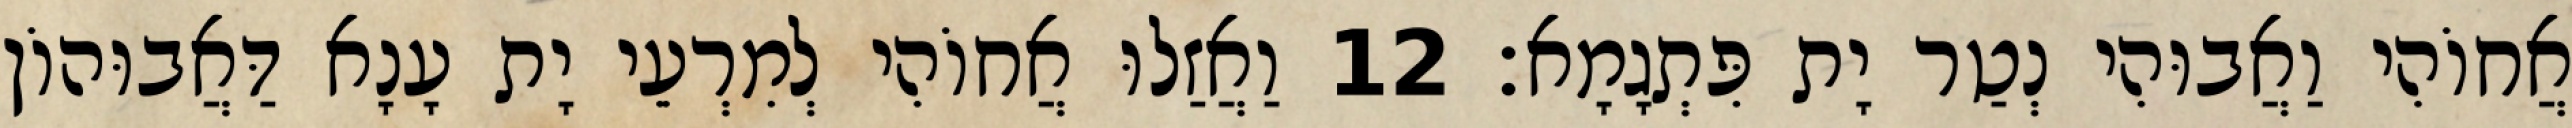
אֲחוֹהִי וַאֲבוּהִי נְטַר יָת פִּתְגָמָא׃ 12 וַאֲזַלוּ אֲחוֹהִי לְמִרְעֵי יָת עָנָא דַּאֲבוּהוֹן